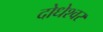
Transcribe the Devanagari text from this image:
दोधेश्वर